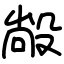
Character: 㲂